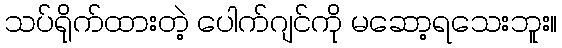
သပ်ရိုက်ထားတဲ့ ပေါက်ဂျင်ကို မဆော့ရသေးဘူး။